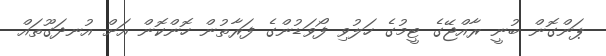
ޕަންގޮން ބުނީ ރާއްޖޭގެ ޓީމުގެ ހަލުވި ފޯވަޑުންގެ ފަރާތުން ހޮންކޮން އަށް އުނދަގޫތައް